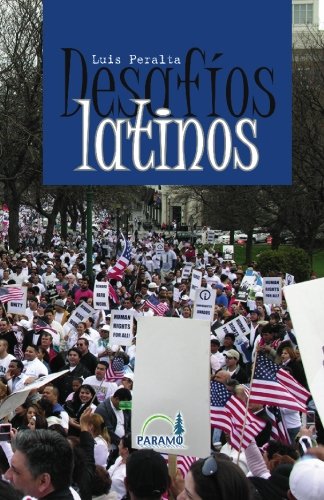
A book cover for DesafÃ­os latinos (Spanish Edition); LuÃ­s Peralta; Crafts, Hobbies & Home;